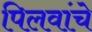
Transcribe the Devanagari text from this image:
पिलवांचे